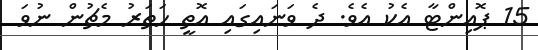
15 ޕޮއިންޓާ އެކު އެވެ. ދެ ވަނައިގައި އޮތީ ހަތަރު މެޗުން ނުވަ